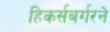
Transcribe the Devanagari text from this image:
हिकर्सबर्गरने